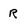
Character: R